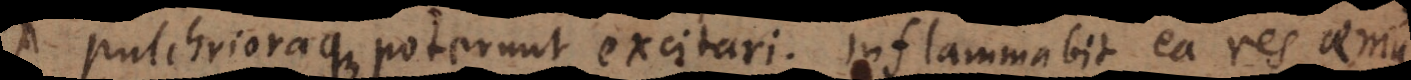
pulchrioraque poterunt excitari. Inflammabit ea res aemu